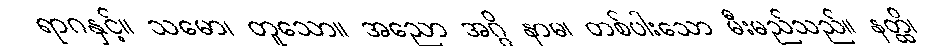
ရာဂနှင့်။ သမော၊ တူသော။ အညော အဂ္ဂိ နာမ၊ တစ်ပါးသော မီးမည်သည်။ နတ္ထိ၊